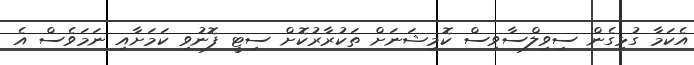
އެކަމާ ގުޅިގެން ސިވިލްސާވިސް ކޮމިޝަނަށް ތަކުރާރުކޮށް ސިޓީ ފޮނުވި ކަމަށާއި ނަމަވެސް އެ